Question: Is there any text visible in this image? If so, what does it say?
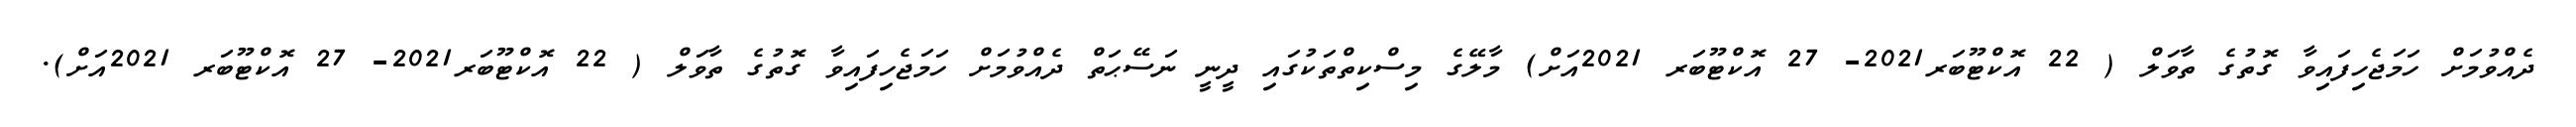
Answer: ދެއްވުމަށް ހަމަޖެހިފައިވާ ގޮތުގެ ތާވަލް ( 22 އޮކްޓޫބަރ2021- 27 އޮކްޓޫބަރ 2021އަށް) މާލޭގެ މިސްކިތްތަކުގައި ދީނީ ނަސޭޙަތް ދެއްވުމަށް ހަމަޖެހިފައިވާ ގޮތުގެ ތާވަލް ( 22 އޮކްޓޫބަރ2021- 27 އޮކްޓޫބަރ 2021އަށް).